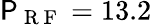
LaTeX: \mathsf{P}_{\mathrm{{~R~F~}}}=13.2